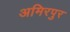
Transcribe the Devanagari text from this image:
अमिरपुर